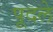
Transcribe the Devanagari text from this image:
पूदले